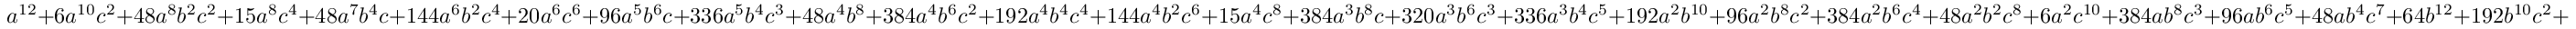
a ^ { 1 2 } + 6 a ^ { 1 0 } c ^ { 2 } + 4 8 a ^ { 8 } b ^ { 2 } c ^ { 2 } + 1 5 a ^ { 8 } c ^ { 4 } + 4 8 a ^ { 7 } b ^ { 4 } c + 1 4 4 a ^ { 6 } b ^ { 2 } c ^ { 4 } + 2 0 a ^ { 6 } c ^ { 6 } + 9 6 a ^ { 5 } b ^ { 6 } c + 3 3 6 a ^ { 5 } b ^ { 4 } c ^ { 3 } + 4 8 a ^ { 4 } b ^ { 8 } + 3 8 4 a ^ { 4 } b ^ { 6 } c ^ { 2 } + 1 9 2 a ^ { 4 } b ^ { 4 } c ^ { 4 } + 1 4 4 a ^ { 4 } b ^ { 2 } c ^ { 6 } + 1 5 a ^ { 4 } c ^ { 8 } + 3 8 4 a ^ { 3 } b ^ { 8 } c + 3 2 0 a ^ { 3 } b ^ { 6 } c ^ { 3 } + 3 3 6 a ^ { 3 } b ^ { 4 } c ^ { 5 } + 1 9 2 a ^ { 2 } b ^ { 1 0 } + 9 6 a ^ { 2 } b ^ { 8 } c ^ { 2 } + 3 8 4 a ^ { 2 } b ^ { 6 } c ^ { 4 } + 4 8 a ^ { 2 } b ^ { 2 } c ^ { 8 } + 6 a ^ { 2 } c ^ { 1 0 } + 3 8 4 a b ^ { 8 } c ^ { 3 } + 9 6 a b ^ { 6 } c ^ { 5 } + 4 8 a b ^ { 4 } c ^ { 7 } + 6 4 b ^ { 1 2 } + 1 9 2 b ^ { 1 0 } c ^ { 2 } + 4 8 b ^ { 8 } c ^ { 4 } + c ^ { 1 2 }